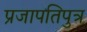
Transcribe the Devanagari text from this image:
प्रजापतिपुत्र